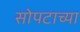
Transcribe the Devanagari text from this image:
सोपटाच्या